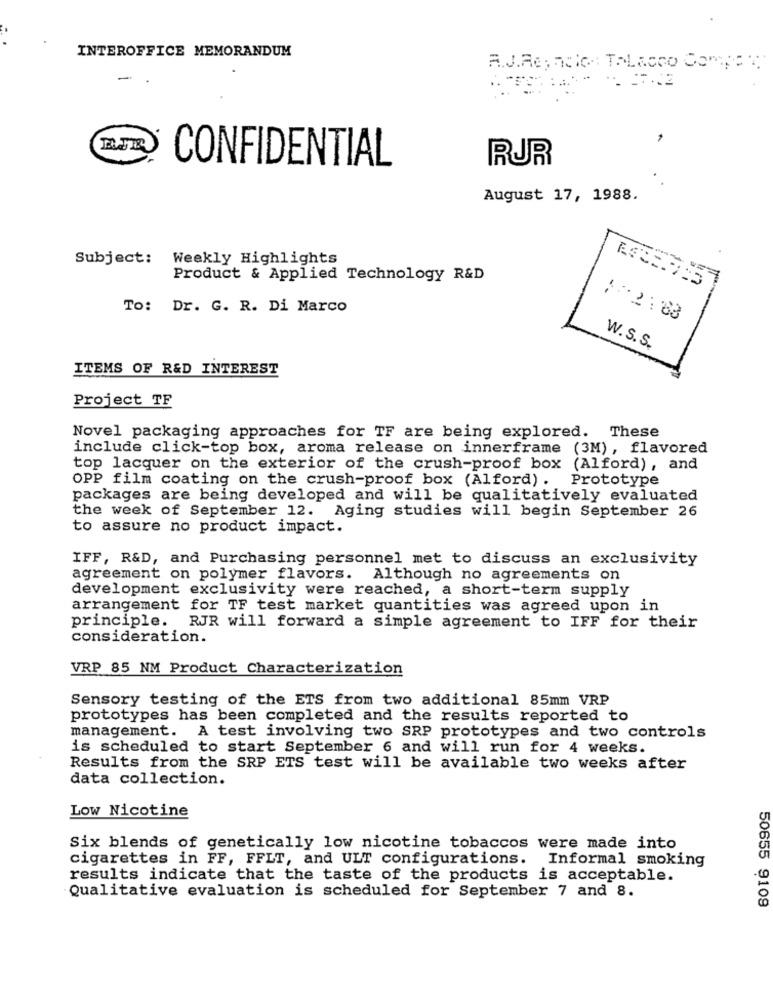
INTEROFFICE MEMORANDUM
A.J.Re; nCIA TALECCO COMPANY
1
CONFIDENTIAL
RUR
August 17, 1988.
Subject: Weekly Highlights
Product & Applied Technology R&D
To: Dr. G. R. Di Marco
..
: 22:88
W. S. S.
ITEMS OF R&D INTEREST
Project TF
Novel packaging approaches for TF are being explored. These
include click-top box, aroma release on innerframe (3M), flavored
top lacquer on the exterior of the crush-proof box (Alford), and
OPP film coating on the crush-proof box (Alford). Prototype
packages are being developed and will be qualitatively evaluated
the week of September 12. Aging studies will begin September 26
to assure no product impact.
IFF, R&D, and Purchasing personnel met to discuss an exclusivity
agreement on polymer flavors. Although no agreements on
development exclusivity were reached, a short-term supply
arrangement for TF test market quantities was agreed upon in
principle. RJR will forward a simple agreement to IFF for their
consideration.
VRP 85 NM Product Characterization
Sensory testing of the ETS from two additional 85mm VRP
prototypes has been completed and the results reported to
management. A test involving two SRP prototypes and two controls
is scheduled to start September 6 and will run for 4 weeks.
Results from the SRP ETS test will be available two weeks after
data collection.
Low Nicotine
Six blends of genetically low nicotine tobaccos were made into
cigarettes in FF, FFLT, and ULT configurations. Informal smoking
results indicate that the taste of the products is acceptable.
Qualitative evaluation is scheduled for September 7 and 8.
50655 9109